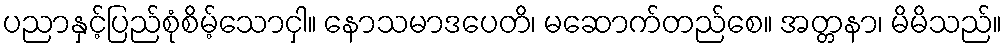
ပညာနှင့်ပြည်စုံစိမ့်သောငှါ။ နောသမာဒပေတိ၊ မဆောက်တည်စေ။ အတ္တနာ၊ မိမိသည်။